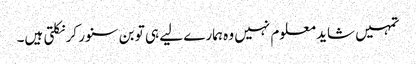
تمہیں شاید معلوم نہیں وہ ہمارے لیے ہی تو بن سنور کر نکلتی ہیں۔